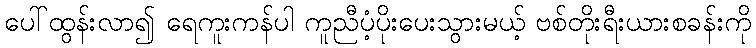
ပေါ်ထွန်းလာ၍ ရေကူးကန်ပါ ကူညီပံ့ပိုးပေးသွားမယ့် ဗစ်တိုးရီးယားစခန်းကို